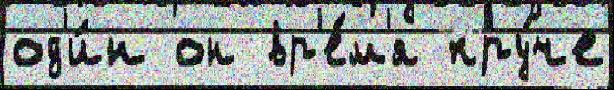
од'и́н он вр'е́м'я кру́че